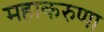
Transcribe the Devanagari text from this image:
महाकरुणा